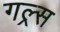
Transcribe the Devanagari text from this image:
गल्र्स